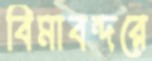
বিমাবন্দরে